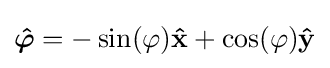
{\boldsymbol {\hat {\varphi }}}=-\sin(\varphi )\mathbf {\hat {x}} +\cos(\varphi )\mathbf {\hat {y}}